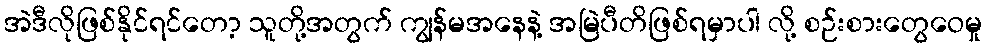
အဲဒီလိုဖြစ်နိုင်ရင်တော့ သူတို့အတွက် ကျွန်မအနေနဲ့ အမြဲပီတိဖြစ်ရမှာပါ လို့ စဉ်းစားတွေဝေမှု